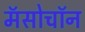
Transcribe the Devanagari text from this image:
मॅसोचॉन